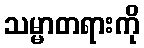
သမ္မာတရားကို